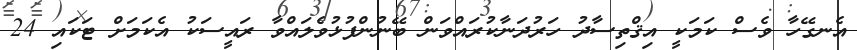
އެނގޭހާ ވެސް ކަމަކީ އިޤްތިސާދު ހަރުދަނާކުރައްވަން ބޭނުންފުޅުވެލައްވާ ރައީސަކު އެކަމަށް ޓަކައި 24